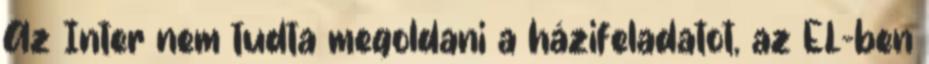
Az Inter nem tudta megoldani a házifeladatot, az EL-ben